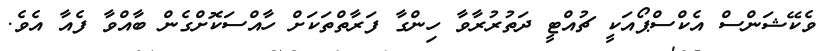
ވެކޭޝަންސް އެކްސްޕޯއަކީ ޗުއްޓީ ދަތުރުރާވާ ހިންގާ ފަރާތްތަކަށް ހާއްސަކޮށްގެން ބާއްވާ ފެއާ އެވެ.